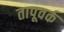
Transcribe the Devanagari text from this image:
तापूवर्क